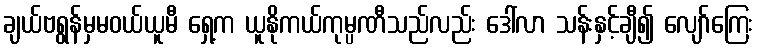
ချယ်ဗရွန်မှမဝယ်ယူမီ ရှေ့က ယူနိုကယ်ကုမ္ပဏီသည်လည်း ဒေါ်လာ သန်းနှင့်ချီ၍ လျော်ကြေး